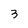
Character: 3